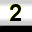
Digit: 2